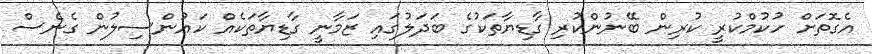
އެގޮތަށް ހުކުމްކުރީ ކުރިން ބޭނުންކުރި ގާޑިޔާތަކުގެ ބަދަލުގައި ޒަމާނީ ގާޑިޔާތަކެއް ކައުންސިލުން ގެނެސް